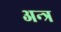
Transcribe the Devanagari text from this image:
अन्त्र